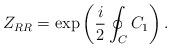
LaTeX: \begin{align*}Z_{RR}=\exp\left(\frac{i}{2}\oint_CC_1\right).\end{align*}